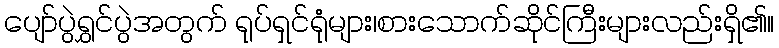
ပျော်ပွဲရွှင်ပွဲအတွက် ရုပ်ရှင်ရုံများ၊စားသောက်ဆိုင်ကြီးများလည်းရှိ၏။